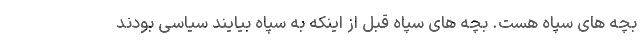
بچه های سپاه هست. بچه های سپاه قبل از اینکه به سپاه بیایند سیاسی بودند